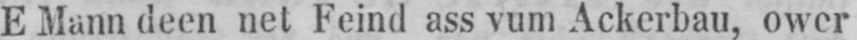
E Mann deen net Feind ass vum Ackerbau, ower